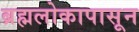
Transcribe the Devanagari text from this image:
ब्रह्मलोकापासून